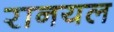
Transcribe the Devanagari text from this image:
रानयल